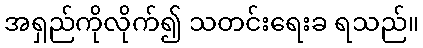
အရှည်ကိုလိုက်၍ သတင်းရေးခ ရသည်။